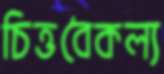
চিত্তবৈকল্য